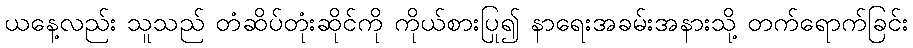
ယနေ့လည်း သူသည် တံဆိပ်တုံးဆိုင်ကို ကိုယ်စားပြု၍ နာရေးအခမ်းအနားသို့ တက်ရောက်ခြင်း